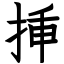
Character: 挿